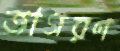
জাগরণ